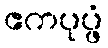
ဧကပုပ္ဖံ